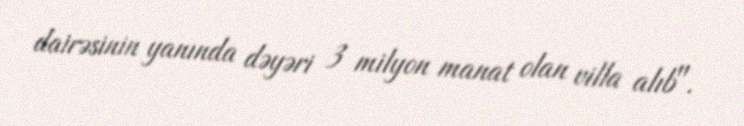
dairəsinin yanında dəyəri 3 milyon manat olan villa alıb".